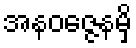
အနဝဇ္ဇေနမှိ